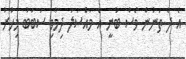
އެ ދެ ތަނުން ވެސް ބުނީ އެ މައްސަލަ ދިމާވި ސަބަބު މިހާރު